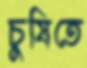
চুষিতে